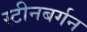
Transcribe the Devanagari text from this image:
स्टीनबर्गन